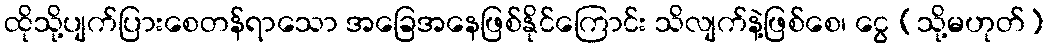
ထိုသို့ပျက်ပြားစေတန်ရာသော အခြေအနေဖြစ်နိုင်ကြောင်း သိလျက်နဲ့ဖြစ်စေ၊ ငွေ (သို့မဟုတ်)